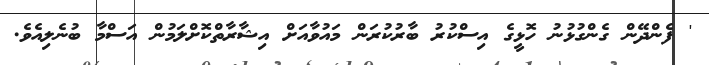
' ފެންދޭން ގެންގުޅުނު ހޮޅީގެ އިސްކުރު ބާރުކުރަން މައުވާއަށް އިޝާރާތްކޮށްލަމުން އަސްމާ ބުނެލިއެވެ.